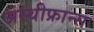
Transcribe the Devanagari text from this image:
अस्थीफ्रान्स